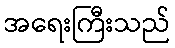
အရေးကြီးသည်